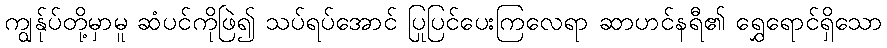
ကျွန်ုပ်တို့မှာမူ ဆံပင်ကိုဖြဲ၍ သပ်ရပ်အောင် ပြုပြင်ပေးကြလေရာ ဆာဟင်နရီ၏ ရွှေရောင်ရှိသော